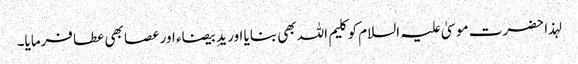
لہذا حضرت موسیٰ علیہ السلام کو کلیم اللہ بھی بنایا اور یدِ بیضاء اور عصا بھی عطا فرمایا۔